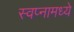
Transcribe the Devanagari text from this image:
स्वप्नामध्ये